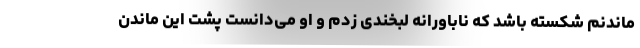
ماندنم شکسته باشد که ناباورانه لبخندی زدم و او می‌دانست پشت این ماندن